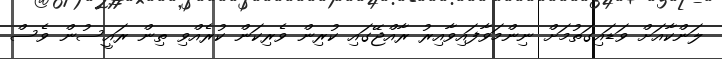
ލަންކާއަށް ވަޑައިގަތުމަށް ނިންމަވާފައިވާއިރު ރާއްޖޭގައި ކުރިން ވެރިކަން ކުރެއްވި ތިން ރައީސުން ވެސް